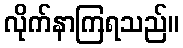
လိုက်နာကြရသည်။